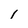
Character: 1